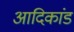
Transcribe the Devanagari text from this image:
आदिकांड